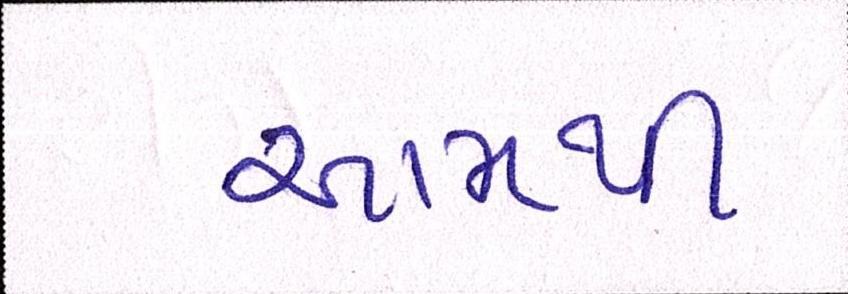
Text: આમથી